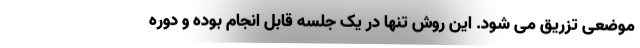
موضعی تزریق می شود. این روش تنها در یک جلسه قابل انجام بوده و دوره